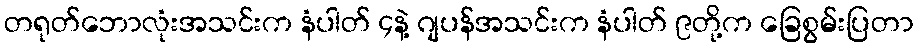
တရုတ်ဘောလုံးအသင်းက နံပါတ် ၄နဲ့ ဂျပန်အသင်းက နံပါတ် ၉တို့က ခြေစွမ်းပြတာ